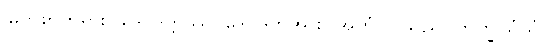
မြတ်စွာဘုရား။ ဒေဝဒတ္တဿ၊ ဒေဝဒတ်အား။ အဟံ၊ ငါသည်။ ဘိက္ခုသံဃံ၊